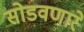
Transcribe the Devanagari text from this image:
सोडवणारे